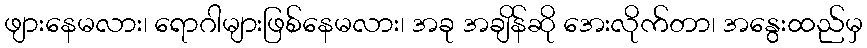
ဖျားနေမလား၊ ရောဂါများဖြစ်နေမလား၊ အခု အချိန်ဆို အေးလိုက်တာ၊ အနွေးထည်မှ